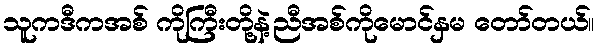
သူကဒီကအစ် ကိုကြီးတို့နဲ့ညီအစ်ကိုမောင်နှမ တော်တယ်။